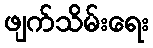
ဖျက်သိမ်းရေး